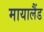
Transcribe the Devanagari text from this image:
मायालैंड